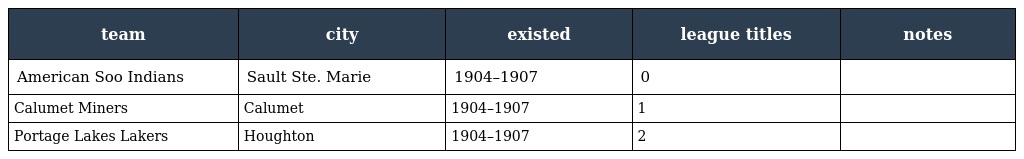
| team | city | existed | league titles | notes |
 | --- | --- | --- | --- | --- |
 | American Soo Indians | Sault Ste. Marie | 1904–1907 | 0 |  |
 | Calumet Miners | Calumet | 1904–1907 | 1 |  |
 | Portage Lakes Lakers | Houghton | 1904–1907 | 2 |  |